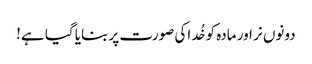
دونوں نر اور مادہ کو خُد اکی صورت پر بنایا گیا ہے!